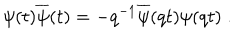
\psi ( t ) \overline { { { \psi } } } ( t ) = - q ^ { - 1 } \overline { { { \psi } } } ( q t ) \psi ( q t ) \; .